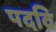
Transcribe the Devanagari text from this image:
पदवि